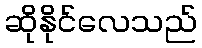
ဆိုနိုင်လေသည်